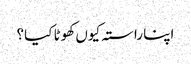
اپنا راستہ کیوں کھوٹا کیا؟